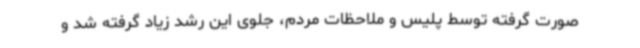
صورت گرفته توسط پلیس و ملاحظات مردم، جلوی این رشد زیاد گرفته شد و